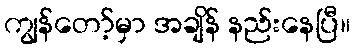
ကျွန်တော့်မှာ အချိန် နည်းနေပြီ။